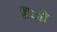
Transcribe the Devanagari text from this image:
हैं।जो